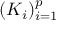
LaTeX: ( K _ { i } ) _ { i = 1 } ^ { p }